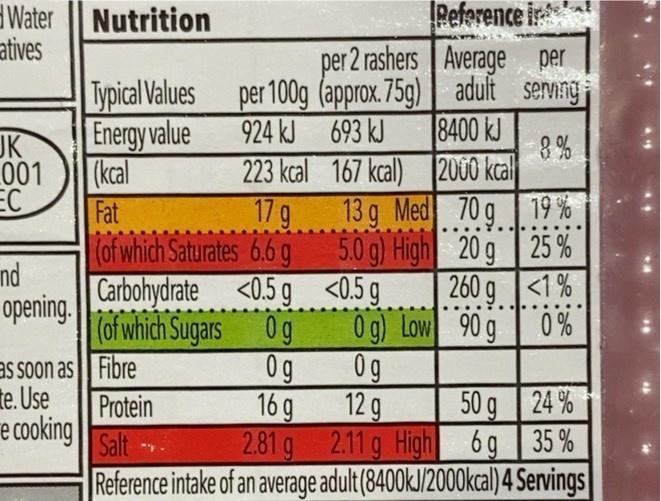
Water Nutrition atives
Reference per 2 rashers Average per
Typical Values per 100g (approx. 75g) | adult servng 924 kJ 693 kJ 223 kcal 167 kcal) 2000 kcal 17 g (of which Saturates 66 g 500) High 20 g25% Carbohydrate <0.5 g <0.5g
JK
Energy value
8400 kJ 8%
001
|(kcal
EC
Fat
13 g Med 70g 19 %
nd
opening. (of which Sugars 0g
260 g <1 % 0 %
0g) Low 90 g
as soon as| Fibre
0g
0g
te. Use
Protein
16g
12 g
50 g 24 %
e cooking
2.81 g 2.11 g High 6g | 35 % Reference intake of an average adult (8400kJ/2000kcal) 4 Servings
Salt